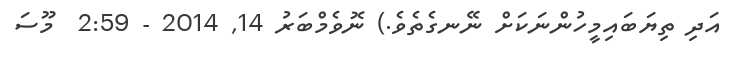
އަދި ތިޔަބައިމީހުންނަކަށް ނޭނގެތެވެ.) ނޮވެމްބަރު 14